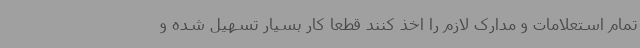
تمام استعلامات و مدارک لازم را اخذ کنند قطعا کار بسیار تسهیل شده و